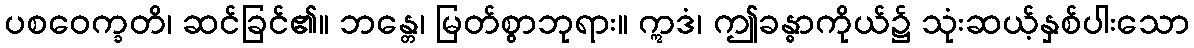
ပစဝေက္ခတိ၊ ဆင်ခြင်၏။ ဘန္တေ၊ မြတ်စွာဘုရား။ ဣဒံ၊ ဤခန္ဓာကိုယ်၌ သုံးဆယ့်နှစ်ပါးသော